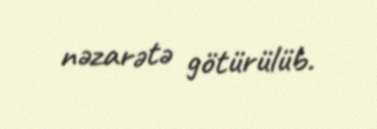
nəzarətə götürülüb.